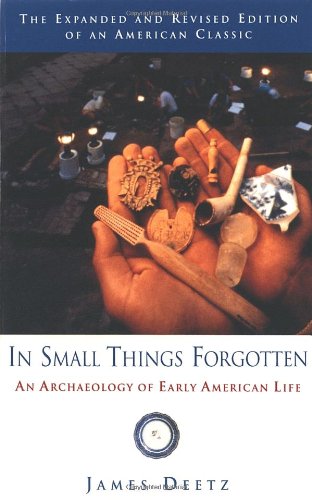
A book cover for In Small Things Forgotten: An Archaeology of Early American Life; James Deetz; Science & Math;